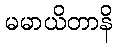
မမာယိတာနိ